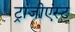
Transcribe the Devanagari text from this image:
ट्रांजीएंस्ट